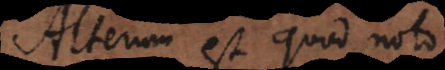
terum est quod noto